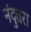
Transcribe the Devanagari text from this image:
नंदुत्तरा